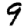
Digit: 9